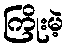
ကြိုးမဲ့